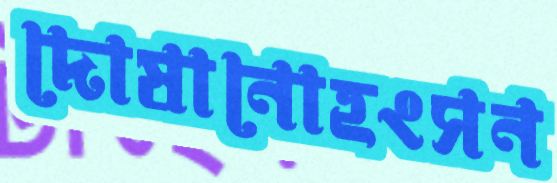
দোষানোহংসন